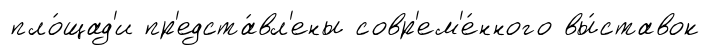
пло́щад'и пр'едста́вл'ены совр'ем'е́нного вы́ставок